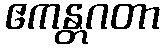
ဧကန္တဂတာ